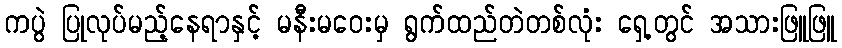
ကပွဲ ပြုလုပ်မည့်နေရာနှင့် မနီးမဝေးမှ ရွက်ထည်တဲတစ်လုံး ရှေ့တွင် အသားဖြူဖြူ